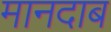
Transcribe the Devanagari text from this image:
मानदाब